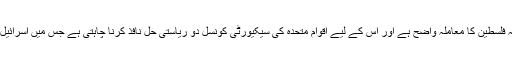
مسئلہ فلسطین کے حوالے سے انہوں نے کہا کہ فلسطین کا معاملہ واضح ہے اور اس کے لیے اقوام متحدہ کی سیکیورٹی کونسل دو ریاستی حل نافذ کرنا چاہتی ہے جس میں اسرائیل اپنی سیاسی ہٹ دھرمی کا مظاہرہ کر رہا ہے۔